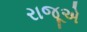
રાજૂએ